Annual administration report of the Civil Veterinary Department of India - 1898-1899
Year: 1898
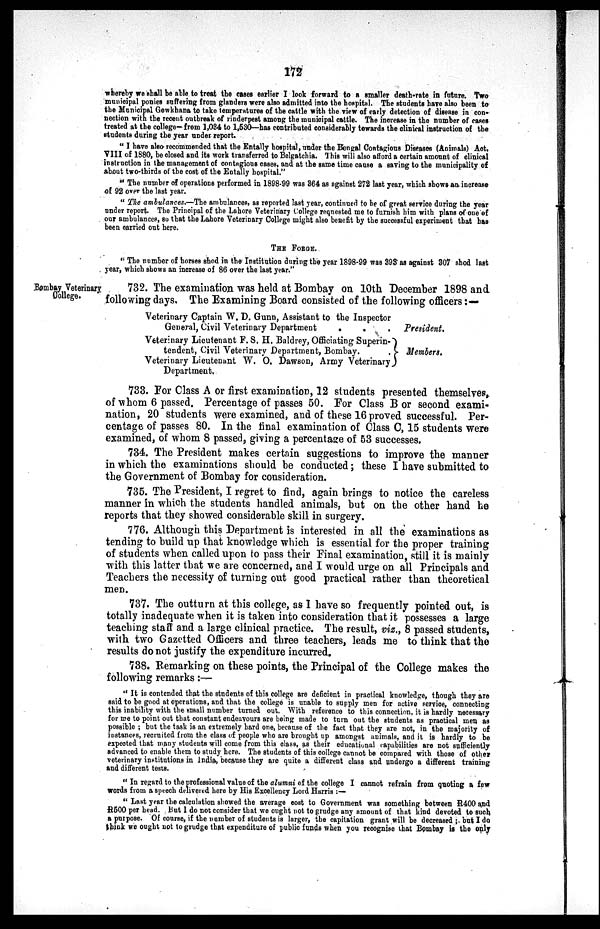
172
whereby we shall be able to treat the cases earlier I look forward to a smaller death-rate in future. Two
municipal ponies suffering from glanders were also admitted into the hospital. The students have also been to
the Municipal Gowkhana to take temperatures of the cattle with the view of early detection of disease in con-
nection with the recent outbreak of rinderpest among the municipal cattle. The increase in the number of cases
treated at the college—from 1,034 to 1,530—has contributed considerably towards the clinical instruction of the
students during the year under report.
" I have also recommended that the Entally hospital, under the Bengal Contagious Diseases (Animals) Act,
VIII of 1880, be closed and its work transferred to Belgatchia. This will also afford a certain amount of clinical
instruction in the management of contagious cases, and at the same time cause a saving to the municipality of
about two-thirds of the cost of the Entally hospital."
" The number of operations performed in 1898-99 was 364 as against 272 last year, which shows an increase
of 92 over the last year.
" The ambulances.—The ambulances, as reported last year, continued to be of great service during the year
under report. The Principal of the Lahore Veterinary College requested me to furnish him with plans of one of
our ambulances, so that the Lahore Veterinary College might also benefit by the successful experiment that has
been carried out here.
THE FORGE.
" The number of horses shod in the Institution during the year 1898-99 was 393 as against 307 shod last
year, which shows an increase of 86 over the last year."
Bombay Veterinary
College.
732. The examination was held at Bombay on 10th December 1898 and
following days. The Examining Board consisted of the following officers:—
Veterinary Captain W. D. Gunn, Assistant to the Inspector
General, Civil Veterinary Department . . .
Veterinary Lieutenant F. S. H. Baldrey, Officiating Superin¬
tendent, Civil Veterinary Department, Bombay. .
Veterinary Lieutenant W. O. Dawson, Army Veterinary
Department.
President.
Members.
733. For Class A or first examination, 12 students presented themselves,
of whom 6 passed. Percentage of passes 50. For Class B or second exami-
nation, 20 students were examined, and of these 16 proved successful. Per-
centage of passes 80. In the final examination of Class C, 15 students were
examined, of whom 8 passed, giving a percentage of 53 successes.
734. The President makes certain suggestions to improve the manner
in which the examinations should be conducted; these I have submitted to
the Government of Bombay for consideration.
735. The President, I regret to find, again brings to notice the careless
manner in which the students handled animals, but on the other hand he
reports that they showed considerable skill in surgery.
776. Although this Department is interested in all the examinations as
tending to build up that knowledge which is essential for the proper training
of students when called upon to pass their Final examination, still it is mainly
with this latter that we are concerned, and I would urge on all Principals and
Teachers the necessity of turning out good practical rather than theoretical
men.
737. The outturn at this college, as I have so frequently pointed out, is
totally inadequate when it is taken into consideration that it possesses a large
teaching staff and a large clinical practice. The result, viz., 8 passed students,
with two Gazetted Officers and three teachers, leads me to think that the
results do not justify the expenditure incurred.
738. Remarking on these points, the Principal of the College makes the
following remarks:—
" It is contended that the students of this college are deficient in practical knowledge, though they are
said to be good at operations, and that the college is unable to supply men for active service, connecting
this inability with the small number turned out. With reference to this connection, it is hardly necessary
for me to point out that constant endeavours are being made to turn out the students as practical men as
possible ; but the task is an extremely hard one, because of the fact that they are not, in the majority of
instances, recruited from the class of people who are brought up amongst animals, and it is hardly to be
expected that many students will come from this class, as their educational capabilities are not sufficiently
advanced to enable them to study here. The students of this college cannot be compared with those of other
veterinary institutions in India, because they are quite a different class and undergo a different training
and different tests.
" In regard to the professional value of the alumni of the college I cannot refrain from quoting a few
words from a speech delivered here by His Excellency Lord Harris :—
" Last year the calculation showed the average cost to Government was something between R400 and
R500 per head. But I do not consider that we ought not to grudge any amount of that kind devoted to such
a purpose. Of course, if the number of students is larger, the capitation grant will be decreased ; but I do
think we ought not to grudge that expenditure of public funds when you recognise that Bombay is the only